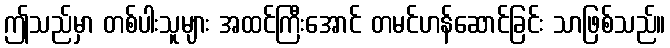
ဤသည်မှာ တစ်ပါးသူများ အထင်ကြီးအောင် တမင်ဟန်ဆောင်ခြင်း သာဖြစ်သည်။